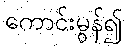
ကောင်းမွန်၍